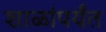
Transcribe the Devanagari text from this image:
शाळांपर्यंत